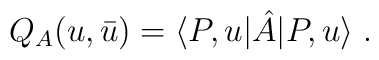
Q_{A}(u,\bar{u})=\langle P,u|\hat{A}|P,u\rangle\;.